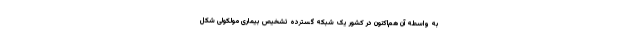
به واسطه آن هم‌اکنون در کشور یک شبکه گسترده تشخیص بیماری مولکولی شکل